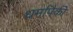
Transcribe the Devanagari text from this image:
धर्मापैकी